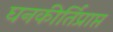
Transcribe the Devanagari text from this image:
घनकीर्तिप्राप्त